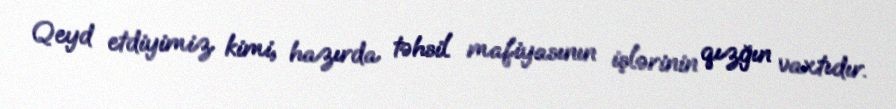
Qeyd etdiyimiz kimi, hazırda təhsil mafiyasının işlərinin qızğın vaxtıdır.